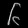
Digit: ၆